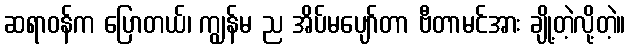
ဆရာဝန်က ပြောတယ်၊ ကျွန်မ ည အိပ်မပျော်တာ ဗီတာမင်အား ချို့တဲ့လို့တဲ့။